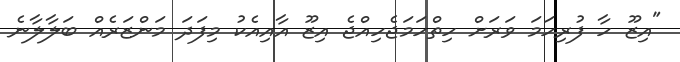
"އިޒޫ ހާ ފުރިހަމަ ވަރަށް ހިތްހަމަޖެހިއްޖެ އިޒޫ އާއިއެކު މިފަދަ މަންޒަރެއް ބަލާލާނެ